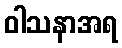
ဝါသနာအရ